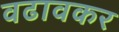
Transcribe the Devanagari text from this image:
वढावकर